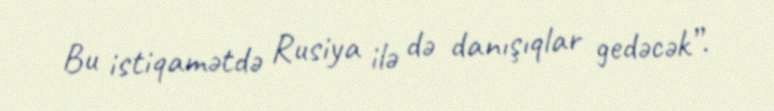
Bu istiqamətdə Rusiya ilə də danışıqlar gedəcək”.